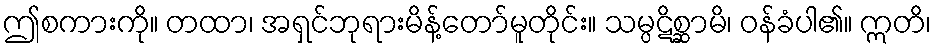
ဤစကားကို။ တထာ၊ အရှင်ဘုရားမိန့်တော်မူတိုင်း။ သမ္ပဋိစ္ဆာမိ၊ ဝန်ခံပါ၏။ ဣတိ၊